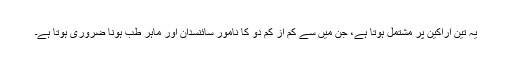
یہ تین اراکین پر مشتمل ہوتا ہے، جن میں سے کم از کم دو کا نامور سائنسدان اور ماہر طب ہونا ضروری ہوتا ہے۔